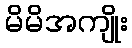
မိမိအကျိုး